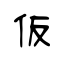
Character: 仮